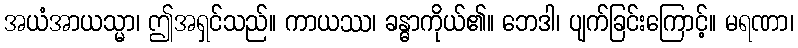
အယံအာယသ္မာ၊ ဤအရှင်သည်။ ကာယဿ၊ ခန္ဓာကိုယ်၏။ ဘေဒါ၊ ပျက်ခြင်းကြောင့်။ မရဏာ၊